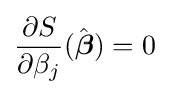
{\frac {\partial S}{\partial \beta _{j}}}({\hat {\boldsymbol {\beta }}})=0